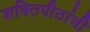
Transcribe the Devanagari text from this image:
शक्तिपीठांची